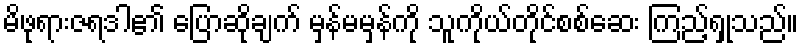
မိဖုရားဇရဒါ၏ ပြောဆိုချက် မှန်မမှန်ကို သူကိုယ်တိုင်စစ်ဆေး ကြည့်ရှုသည်။